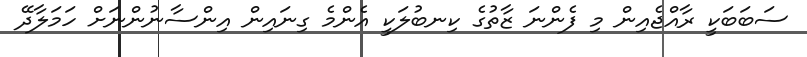
ސަބަބަކީ ރާއްޖެއިން މި ފެންނަ ޒާތުގެ ކިނބުލަކީ އެންމެ ގިނައިން އިންސާނުންނަށް ހަމަލާދޭ